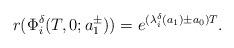
LaTeX: \begin{align*}r(\Phi_i^\delta(T,0;a_1^\pm))=e^{(\lambda_i^\delta(a_1)\pm a_0)T}.\end{align*}